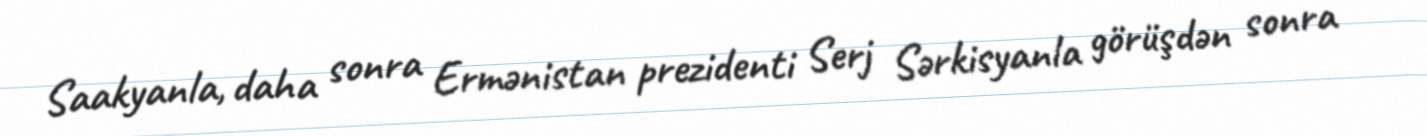
Saakyanla, daha sonra Ermənistan prezidenti Serj Sərkisyanla görüşdən sonra